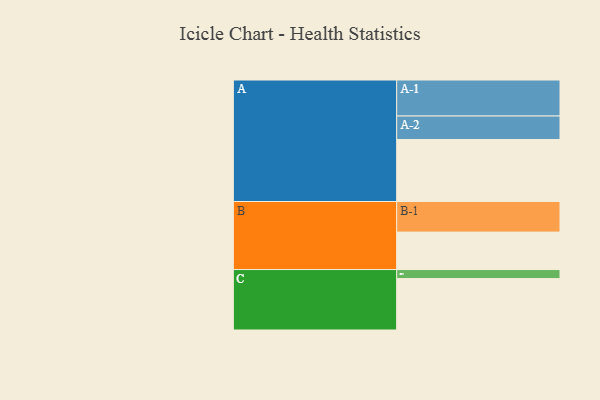
{"axis": {"x": "Segment", "y": "Value"}, "legend": ["", "A", "B", "C"], "data": [{"x": "A", "y": 515, "type": ""}, {"x": "B", "y": 311, "type": ""}, {"x": "C", "y": 427, "type": ""}, {"x": "A-1", "y": 299, "type": "A"}, {"x": "A-2", "y": 195, "type": "A"}, {"x": "B-1", "y": 254, "type": "B"}, {"x": "C-1", "y": 75, "type": "C"}]}